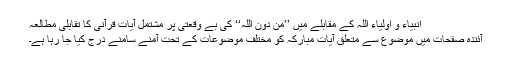
انبیاء و اولیاء اللہ کے مقابلے میں ’’من دون اللہ‘‘ کی بے وقعتی پر مشتمل آیاتِ قرآنی کا تقابلی مطالعہ
آئندہ صفحات میں موضوع سے متعلق آیاتِ مبارکہ کو مختلف موضوعات کے تحت آمنے سامنے درج کیا جا رہا ہے۔